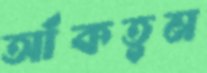
আঁকতুম